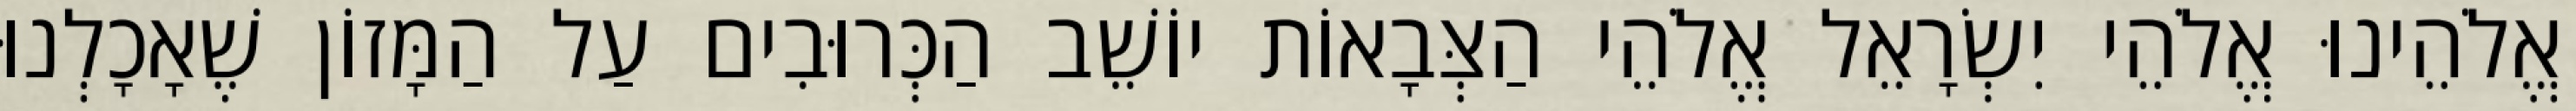
אֱלֹהֵינוּ אֱלֹהֵי יִשְׂרָאֵל אֱלֹהֵי הַצְּבָאוֹת יוֹשֵׁב הַכְּרוּבִים עַל הַמָּזוֹן שֶׁאָכָלְנוּ